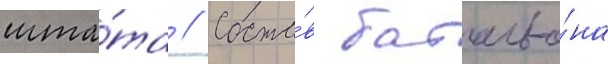
шта́та // Соста́в батальо́на